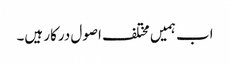
اب ہمیں مختلف اصول درکار ہیں۔